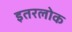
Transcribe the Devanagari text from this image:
इतरलोक